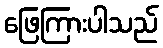
ဖြေကြားပါသည်